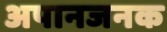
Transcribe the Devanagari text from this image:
अपानजनक